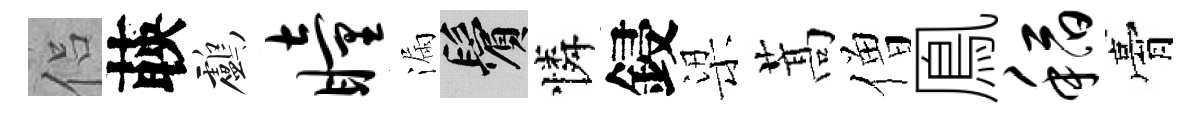
侣𦴤鸕瞳漏鬢憐鋟梁蒿僧鳯稻膏